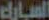
السيارة